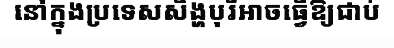
នៅក្នុងប្រទេសសិង្ហបុរីអាចធ្វើឱ្យជាប់